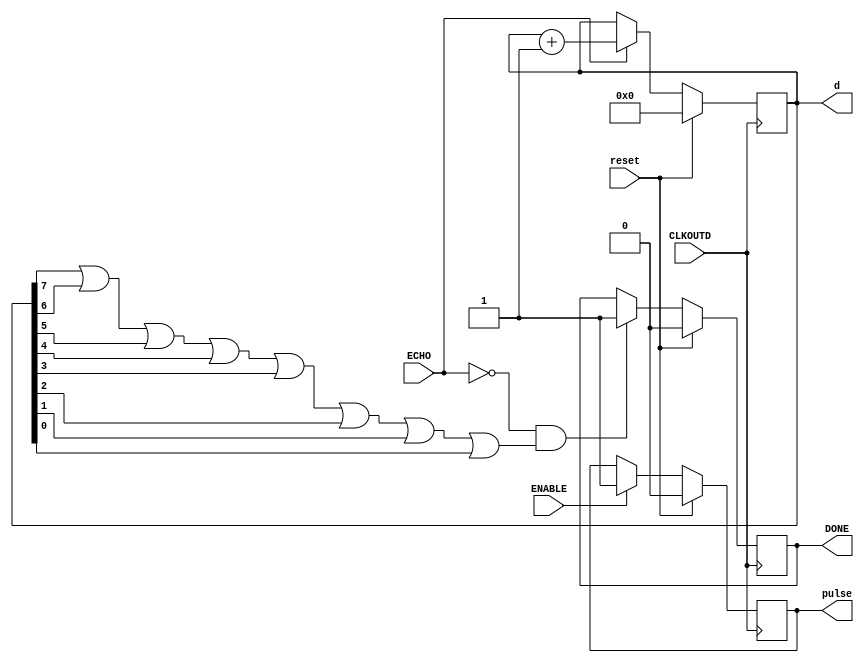
 
 module contador		(
				output	wire	[7:0] d,
				output	reg	pulse,
				output	reg	DONE,
				input		ECHO,
				input		ENABLE,
				input		CLKOUTD,
				input		reset
			);
			
	reg [7:0] count0;
	reg logico;

 initial 
	begin
		count0=0;
		pulse=0;
		DONE=0;
	end
	
	always@(posedge CLKOUTD)
	begin
		logico=(count0[7]||count0[6]||count0[5]||count0[4]||count0[3]||count0[2]||count0[1]||count0[0]);
		if(reset)
		begin
			count0=0;
			DONE=0;
			pulse=0;
		end
    //	Da la orden de mandar un pulso
		else
		begin
			if(ENABLE)
			begin
				pulse=1'b1;
			end
		
	  //	Cuenta el rango que tiene el pulso del ECHO del sensor
			
			if(ECHO)
			begin
				count0=count0+1;
			end
			if(!ECHO && logico)
			begin
				DONE= 1;
			end
		end
	end
	
	assign d = count0; //Distancia en cm
	
endmodule